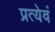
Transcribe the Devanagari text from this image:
प्रत्येवं